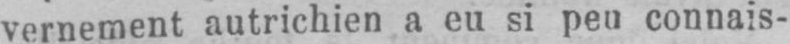
vernement autrichien a eu si peu connais-